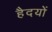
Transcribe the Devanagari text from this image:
हैदयों